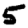
Digit: 5